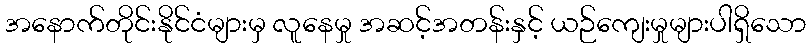
အနောက်တိုင်းနိုင်ငံများမှ လူနေမှု အဆင့်အတန်းနှင့် ယဉ်ကျေးမှုများပါရှိသော